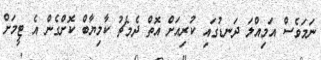
ނަމަވެސް އަމިއްލަ ދަނޑުގައި ކުރިއަށް އޮތް ދެމެޗު ކާމިޔާބް ކޮށްގެން އެ ޓީމަށް